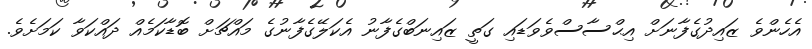
އެހެންވެ ޒައިދުގެފާނަށް އިޙްސާސްވެވަޑައި ގަތީ ޒައިނަބްގެފާނު އެކަލޭގެފާނުގެ މައްޗަށް ބޮޑާކަމެއް ދައްކަވާ ކަމަށެވެ.